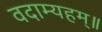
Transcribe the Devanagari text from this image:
वदाम्यहम्॥